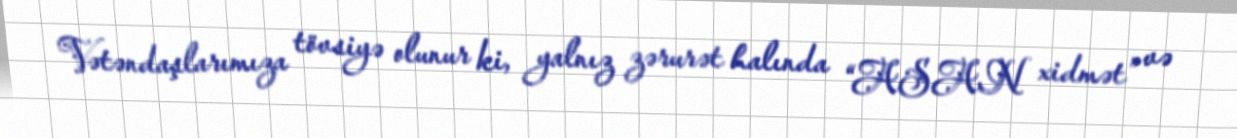
Vətəndaşlarımıza tövsiyə olunur ki, yalnız zərurət halında “ASAN xidmət” və